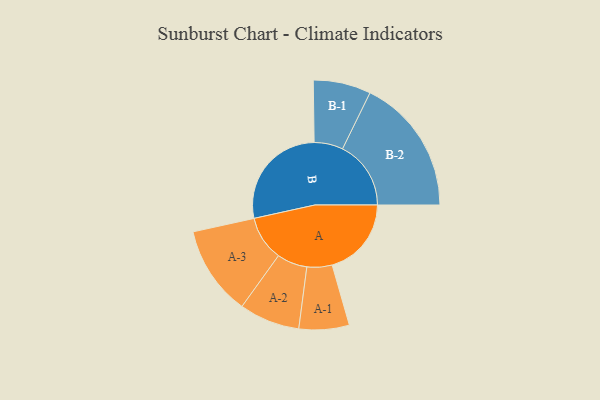
{"axis": {"x": "Segment", "y": "Value"}, "legend": ["", "A", "B"], "data": [{"x": "A", "y": 322, "type": ""}, {"x": "B", "y": 442, "type": ""}, {"x": "A-1", "y": 102, "type": "A"}, {"x": "A-2", "y": 123, "type": "A"}, {"x": "A-3", "y": 182, "type": "A"}, {"x": "B-1", "y": 117, "type": "B"}, {"x": "B-2", "y": 278, "type": "B"}]}